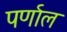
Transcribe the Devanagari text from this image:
पर्णाल